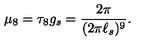
\mu _ { 8 } = \tau _ { 8 } g _ { s } = \frac { 2 \pi } { ( 2 \pi \ell _ { s } ) ^ { 9 } } .